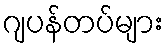
ဂျပန်တပ်များ